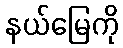
နယ်မြေကို